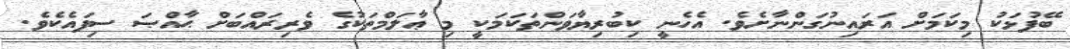
ބޭފުޅަކު މިކަމަށް އަރައިނުގަންނާށެވެ. އެހެނީ ކިބުރިޔާވަންތަކަމަކީ މި ޢާލަމްތަކުގެ ވެރިރައްބަށް ޙާއްޞަ ސިފައެކެވެ.